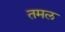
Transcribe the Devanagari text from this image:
तमल